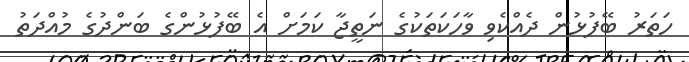
ހަތަރު ބޭފުޅުން ދެއްކެވި ވާހަކަތަކުގެ ނަތީޖާ ކަމަށް އެ ބޭފުޅުންގެ ބަންދުގެ މުއްދަތު